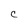
Character: C